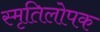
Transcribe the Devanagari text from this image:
स्मृतिलोपक